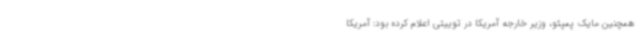
همچنین مایک پمپئو، وزیر خارجه آمریکا در توییتی اعلام کرده بود: آمریکا